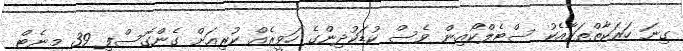
ގިނަ ހަރަކާތްތަކާއެކު ސްޓެލްކޯއިން ވެސް ކުޑަކުދިންގެ ހަވީރެއް ކުރިއަށް ގެންގޮސްފި 39 މިނެޓް